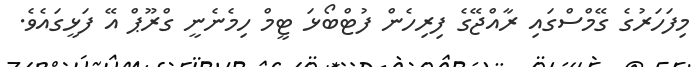
މިފަހަރުގެ ގޭމްސްގައި ރާއްޖޭގެ ފިރިހެން ފުޓްބޯޅަ ޓީމް ހިމެނެނީ ގްރޫޕް އޭ ފަޅީގައެވެ.